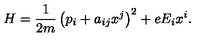
H = \frac { 1 } { 2 m } \left( p _ { i } + a _ { i j } x ^ { j } \right) ^ { 2 } + e E _ { i } x ^ { i } .